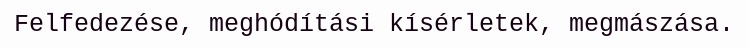
Felfedezése, meghódítási kísérletek, megmászása.